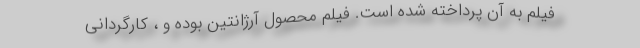
فیلم به آن پرداخته شده است. فیلم محصول آرژانتین بوده و ، کارگردانی